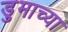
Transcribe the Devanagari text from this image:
डुमाच्या